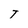
Character: T